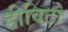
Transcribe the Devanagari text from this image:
डीविटो